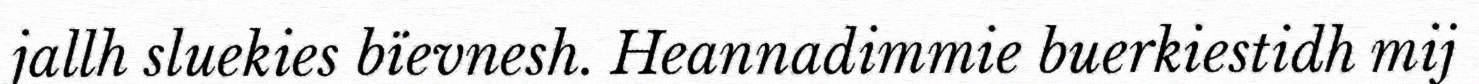
jallh sluekies bïevnesh. Heannadimmie buerkiestidh mij